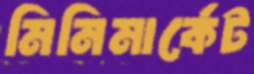
মিনিমার্কেট